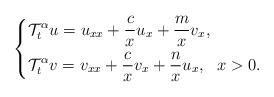
LaTeX: \begin{align*}\left\{\begin{aligned}&\mathcal{T}_t^\alpha u=u_{xx}+\frac{c}{x}u_x+\frac{m}{x}v_x,\\&\mathcal{T}_t^\alpha v=v_{xx}+\frac{c}{x}v_x+\frac{n}{x}u_x,~~ x>0.\end{aligned}\right.\end{align*}